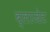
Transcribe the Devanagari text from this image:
ब्लाजेट